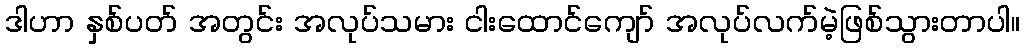
ဒါဟာ နှစ်ပတ် အတွင်း အလုပ်သမား ငါးထောင်ကျော် အလုပ်လက်မဲ့ဖြစ်သွားတာပါ။